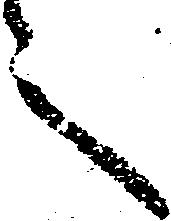
言